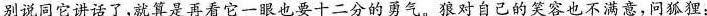
别说同它讲话了，就算是再看它一眼也要十二分的勇气。狼对自己的笑容也不满意，问狐狸：